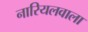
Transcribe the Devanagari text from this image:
नारियलवाला